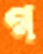
গ